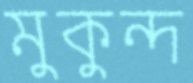
মুকুন্দ